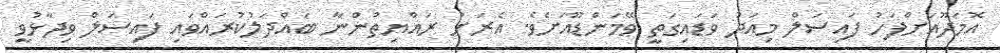
އޮމަދޫއަށްފަހު ފައިސަލް މިއަދު ވަޑައިގަތީ ވޭމަންޑޫއަށެވެ. އެރަށު ރައްޔިތުންނާ ބައްދަލުކުރައްވައި ފައިސަލް ވިދާޅުވީ